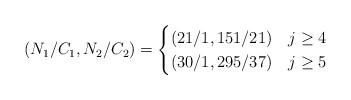
LaTeX: \begin{align*}(N_1/C_1,N_2/C_2)=\begin{cases}(21/1,151/21) & j\ge 4 \\(30/1,295/37) & j\ge 5 \\\end{cases}\end{align*}